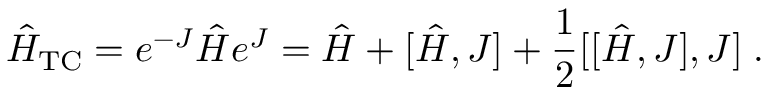
\hat { H } _ { \mathrm { T C } } = e ^ { - J } \hat { H } e ^ { J } = \hat { H } + [ \hat { H } , J ] + \frac { 1 } { 2 } [ [ \hat { H } , J ] , J ] \; .